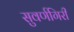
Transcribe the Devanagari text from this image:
सुवर्णगिरी